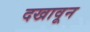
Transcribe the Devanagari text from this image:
दखावून